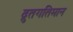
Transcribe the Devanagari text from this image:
द्रुतगतिमान